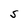
Character: S